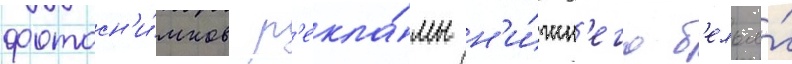
фотосн'и́мков р'екла́мы н'и́жн'его б'елья́